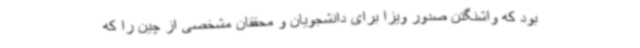
بود که واشنگتن صدور ویزا برای دانشجویان و محققان مشخصی از چین را که